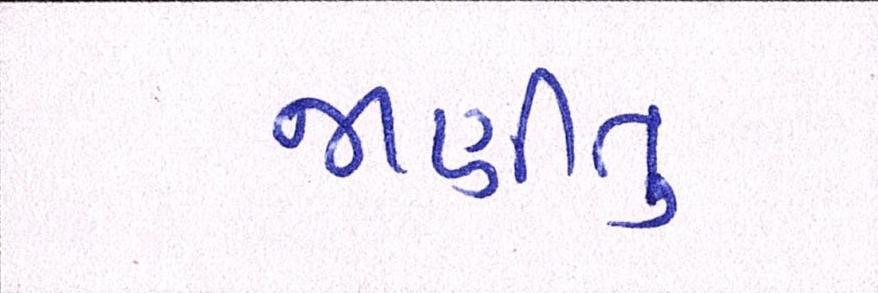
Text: જાણીતુ